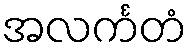
အလင်္ကတံ